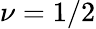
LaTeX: \nu=1/2